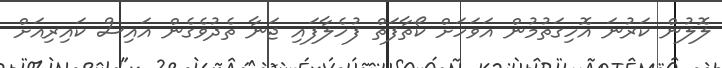
ލޮލުން ކަރުނަ އޮހިގަތުމުން އަވަހަށް ކޯތާފަތް ފުހެލާފައި ޖަނާ ތެދުވެގެން އައިސް ކައިރިއަށް